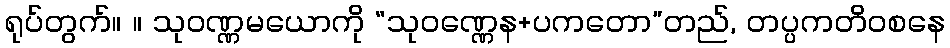
ရုပ်တွက်။ ။ သုဝဏ္ဏမယောကို “သုဝဏ္ဏေန+ပကတော”တည်, တပ္ပကတိဝစနေ